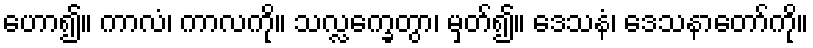
ဟော၍။ ကာလံ၊ ကာလကို။ သလ္လက္ခေတွာ၊ မှတ်၍။ ဒေသနံ၊ ဒေသနာတော်ကို။